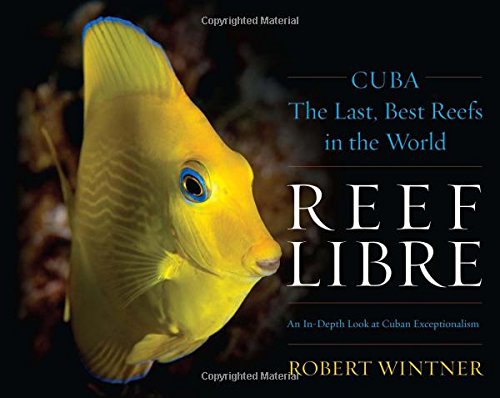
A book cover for Reef Libre: CubaThe Last, Best Reefs in the World; Robert Wintner; Travel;